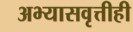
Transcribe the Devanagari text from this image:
अभ्यासवृत्तीही